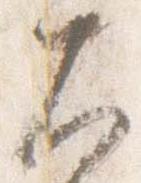
大